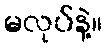
မလုပ်နဲ့။